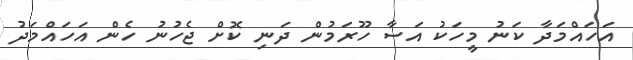
އަހައްމަދާ ކަނު މީހަކު އަސާ ހޫރަމުން ދަނި ކޮށް ޖެހުނު ހެން އަހައްމަދު